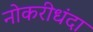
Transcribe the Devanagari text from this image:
नोकरीधंदा